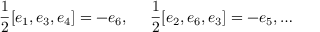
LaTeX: \frac { 1 } { 2 } [ e _ { 1 } , e _ { 3 } , e _ { 4 } ] = - e _ { 6 } , ~ ~ ~ ~ \frac { 1 } { 2 } [ e _ { 2 } , e _ { 6 } , e _ { 3 } ] = - e _ { 5 } , \ldots